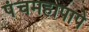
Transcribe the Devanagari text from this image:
पंचमहापापे